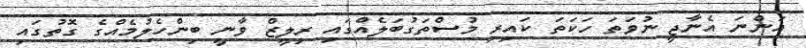
އަންނަ އެނާޖީ ނުވަތަ ހަކަތަ ކައިރި މުސްތަގުބަލެއްގައި ރިލީޒް ވާނީ ބިންހެލުމެއްގެ ގޮތުގައި